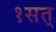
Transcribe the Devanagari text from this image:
१सत्